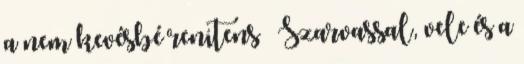
a nem kevésbé renitens – Szarvassal, vele és a